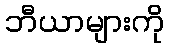
ဘီယာများကို